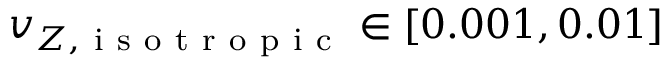
v _ { Z , \mathrm { ~ i ~ s ~ o ~ t ~ r ~ o ~ p ~ i ~ c ~ } } \in [ 0 . 0 0 1 , 0 . 0 1 ]